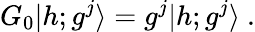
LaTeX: G_{0}\vert h;g^{j}\rangle=g^{j}\vert h;g^{j}\rangle{}~.